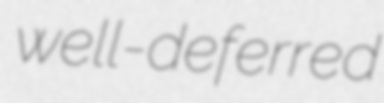
well-deferred